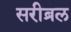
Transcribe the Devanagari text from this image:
सरीब्रल